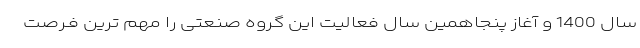
سال 1400 و آغاز پنجاهمین سال فعالیت این گروه صنعتی را مهم ترین فـرصت